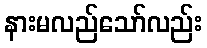
နားမလည်သော်လည်း